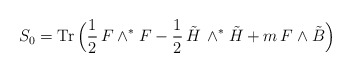
\begin{align*}S_0={\rm Tr}\,\Bigl(\frac{1}{2}\,F\wedge^\ast F-\frac{1}{2}\,\tilde H\,\wedge^\ast {\tilde H}+m\,F\wedge \tilde B\Bigr)\end{align*}